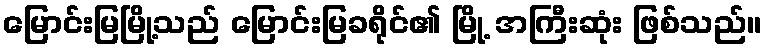
မြောင်းမြမြို့သည် မြောင်းမြခရိုင်၏ မြို့ အကြီးဆုံး ဖြစ်သည်။